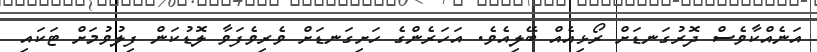
އަނެއްކާވެސް ދޮރުގަނޑަަށް ރޯޅިއެއް ބޭލިއެވެ. އަހަރެންގެ ހަށިގަނޑަށް ވެރިވެފަވާ ލޮޑުކަން ފިލުވުމަށް ޓަކައި